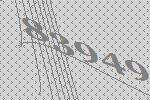
83949